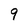
Character: 9